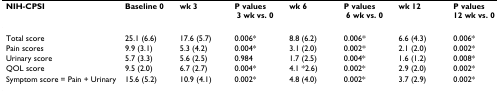
| NIH-CPSI | Baseline 0 | wk 3 | P values 3 wk vs. 0 | wk 6 | P values 6 wk vs. 0 | wk 12 | P values 12 wk vs. 0 |
 | --- | --- | --- | --- | --- | --- | --- | --- |
 | Total score | 25.1 (6.6) | 17.6 (5.7) | 0.006* | 8.8 (6.2) | 0.006* | 6.6 (4.3) | 0.006* |
 | Pain scores | 9.9 (3.1) | 5.3 (4.2) | 0.004* | 3.1 (2.0) | 0.002* | 2.1 (2.0) | 0.002* |
 | Urinary score | 5.7 (3.3) | 5.6 (2.5) | 0.984 | 1.7 (2.5) | 0.004* | 1.6 (1.2) | 0.008* |
 | QOL score | 9.5 (2.0) | 6.7 (2.7) | 0.004* | 4.1 *2.6) | 0.002* | 2.9 (2.0) | 0.002* |
 | Symptom score = Pain + Urinary | 15.6 (5.2) | 10.9 (4.1) | 0.002* | 4.8 (4.0) | 0.002* | 3.7 (2.9) | 0.002* |